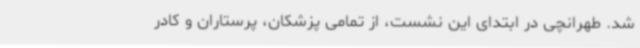
شد. طهرانچی در ابتدای این نشست، از تمامی پزشکان، پرستاران و کادر